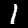
Label: 1